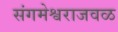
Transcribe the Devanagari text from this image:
संगमेश्वराजवळ